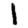
Digit: 1